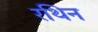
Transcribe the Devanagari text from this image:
रथिन